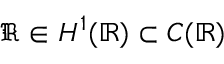
\mathfrak { R } \in H ^ { 1 } ( \mathbb { R } ) \subset C ( \mathbb { R } )